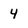
Character: 4